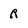
Character: R